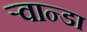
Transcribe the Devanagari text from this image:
ऱ्वान्डा